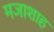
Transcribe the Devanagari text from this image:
मजाशाह